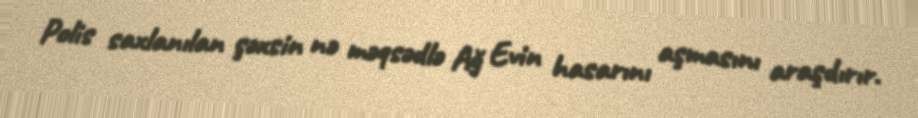
Polis saxlanılan şəxsin nə məqsədlə Ağ Evin hasarını aşmasını araşdırır.